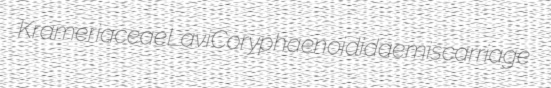
Krameriaceae Lavi Coryphaenoididae miscarriage